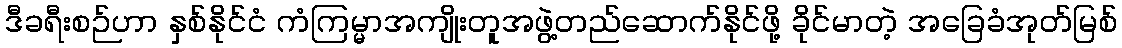
ဒီခရီးစဉ်ဟာ နှစ်နိုင်ငံ ကံကြမ္မာအကျိုးတူအဖွဲ့တည်ဆောက်နိုင်ဖို့ ခိုင်မာတဲ့ အခြေခံအုတ်မြစ်